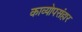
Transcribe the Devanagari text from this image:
काव्योपसंहार